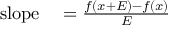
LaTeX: \begin{array} { r l } { { \mathrm { s l o p e } } } & { { } = { \frac { f ( x + E ) - f ( x ) } { E } } } \end{array}